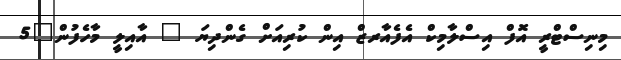
މިނިސްޓްރީ އޮފް އިސްލާމިކް އެފެއާރޒް އިން ކުރިއަށް ގެންދިޔަ " އާއިލީ މާހެފުން"5